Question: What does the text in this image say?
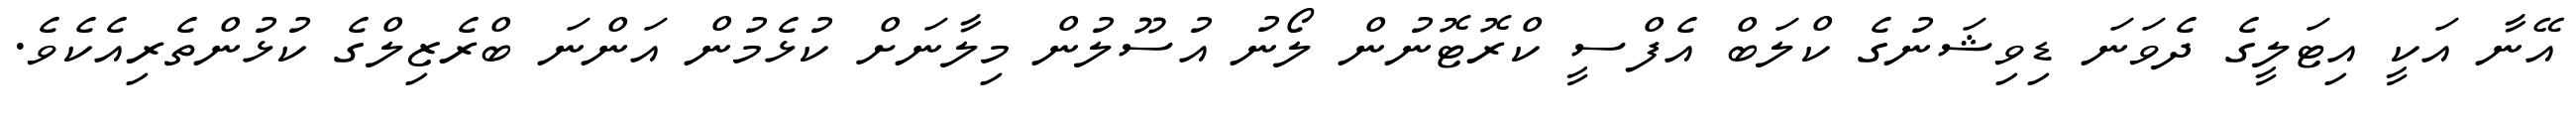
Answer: އޭނާ އަކީ އިޓަލީގެ ދެވަނަ ޑިވިޝަނުގެ ކްލަބް އެފްސީ ކްރޮޓޮނުން ލޯނު އުސޫލުން މިލާނަށް ކުޅެމުން އަންނަ ބްރެޒިލްގެ ކުޅުންތެރިއެކެވެ.